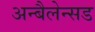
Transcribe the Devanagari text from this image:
अन्बैलेन्सड